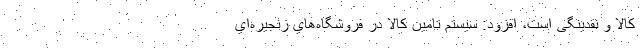
کالا و نقدینگی است، افزود: سيستم تامين كالا در فروشگاه‌هاي زنجيره‌اي